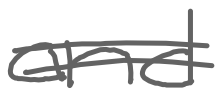
Text: and
Cross-out: double-line
Writing tool: digital_gray